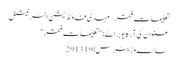
تعلیمات فقر – مہدی فاوٗنڈیشن انٹرنیشنل
عنوان کی آرکایو برائے: "تعلیمات فقر"
سائٹ وزیٹرس: 291319